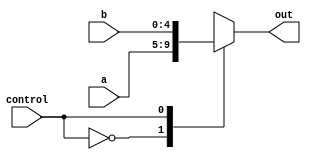
`timescale 1ns / 1ps
//////////////////////////////////////////////////////////////////////////////////
// Company: 
// Engineer: 
// 
// Design Name: 
// Module Name: mux6
// Project Name: 
// Target Devices: 
// Tool Versions: 
// Description: 
// 
// Dependencies: 
// 
// Revision:
// Revision 0.01 - File Created
// Additional Comments:
// 
//////////////////////////////////////////////////////////////////////////////////


module mux6(control, a, b, out);
    input                   control;
    input   [4:0]           a;
    input   [4:0]           b;
    output  reg [4:0]    out;
    
    always @(*) begin
        case(control)
            0:out = a;
            1:out = b;
        endcase
    end
endmodule